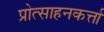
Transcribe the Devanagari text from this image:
प्रोत्साहनकर्त्ता